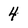
Character: 4